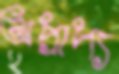
অপ্রাপ্য